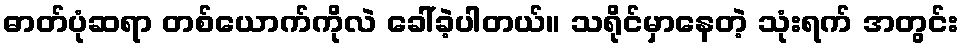
ဓာတ်ပုံဆရာ တစ်ယောက်ကိုလဲ ခေါ်ခဲ့ပါတယ်။ သရိုင်မှာနေတဲ့ သုံးရက် အတွင်း